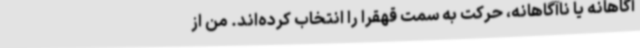
آگاهانه یا ناآگاهانه، حرکت به سمت قهقرا را انتخاب کرده‌اند. من از